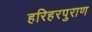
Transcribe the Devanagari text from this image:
हरिहरपुराण